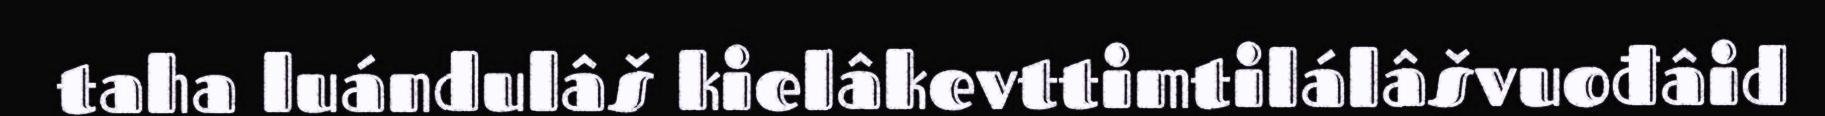
taha luándulâš kielâkevttimtilálâšvuođâid